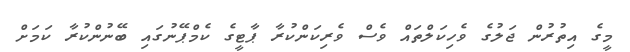
މީގެ އިތުރުން ޖަލުގެ ވެހިކަލްތައް ވެސް ވެރިކަންކުރާ ޕާޓީގެ ކެމްޕޭނުގައި ބޭނުންކުރާ ކަމަށް